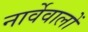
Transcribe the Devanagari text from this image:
नार्वेवालों